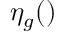
\eta _ { g } ( )